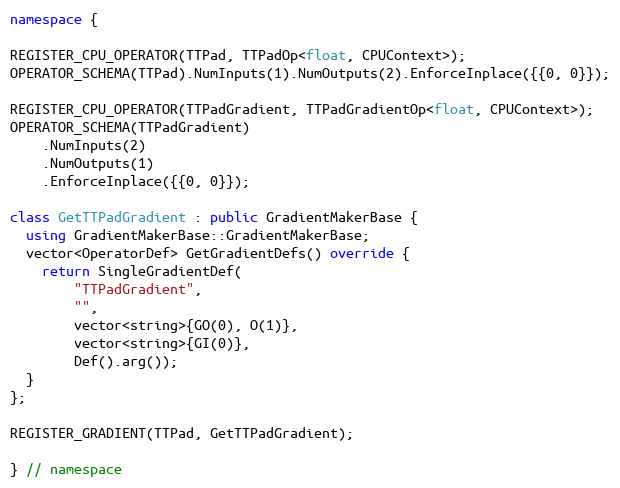
Language: C++
namespace {

REGISTER_CPU_OPERATOR(TTPad, TTPadOp<float, CPUContext>);
OPERATOR_SCHEMA(TTPad).NumInputs(1).NumOutputs(2).EnforceInplace({{0, 0}});

REGISTER_CPU_OPERATOR(TTPadGradient, TTPadGradientOp<float, CPUContext>);
OPERATOR_SCHEMA(TTPadGradient)
    .NumInputs(2)
    .NumOutputs(1)
    .EnforceInplace({{0, 0}});

class GetTTPadGradient : public GradientMakerBase {
  using GradientMakerBase::GradientMakerBase;
  vector<OperatorDef> GetGradientDefs() override {
    return SingleGradientDef(
        "TTPadGradient",
        "",
        vector<string>{GO(0), O(1)},
        vector<string>{GI(0)},
        Def().arg());
  }
};

REGISTER_GRADIENT(TTPad, GetTTPadGradient);

} // namespace